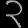
Digit: ၃